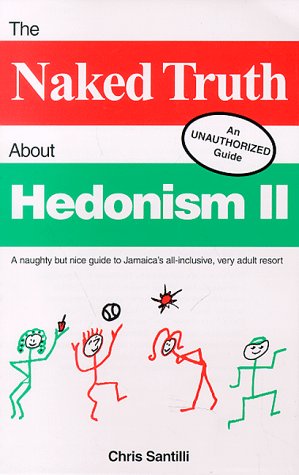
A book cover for The Naked Truth About Hedonism II; Chris Santilli; Travel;